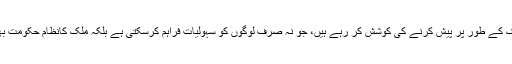
لیکن آج کل طالبان اپنے آپ کو ایسی قانونی تحریک کے طور پر پیش کرنے کی کوشش کر رہے ہیں، جو نہ صرف لوگوں کو سہولیات فراہم کرسکتی ہے بلکہ ملک کانظام حکومت بھی بہتر طریقے سے چلانے کی اہلیت رکھتی ہے۔